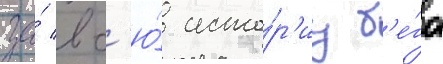
за́ вс'ю́ исто́р'иу б'е́га